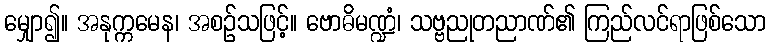
မျှော၍။ အနုက္ကမေန၊ အစဉ်သဖြင့်။ ဗောဓိမဏ္ဍံ၊ သဗ္ဗညုတညာဏ်၏ ကြည်လင်ရာဖြစ်သော